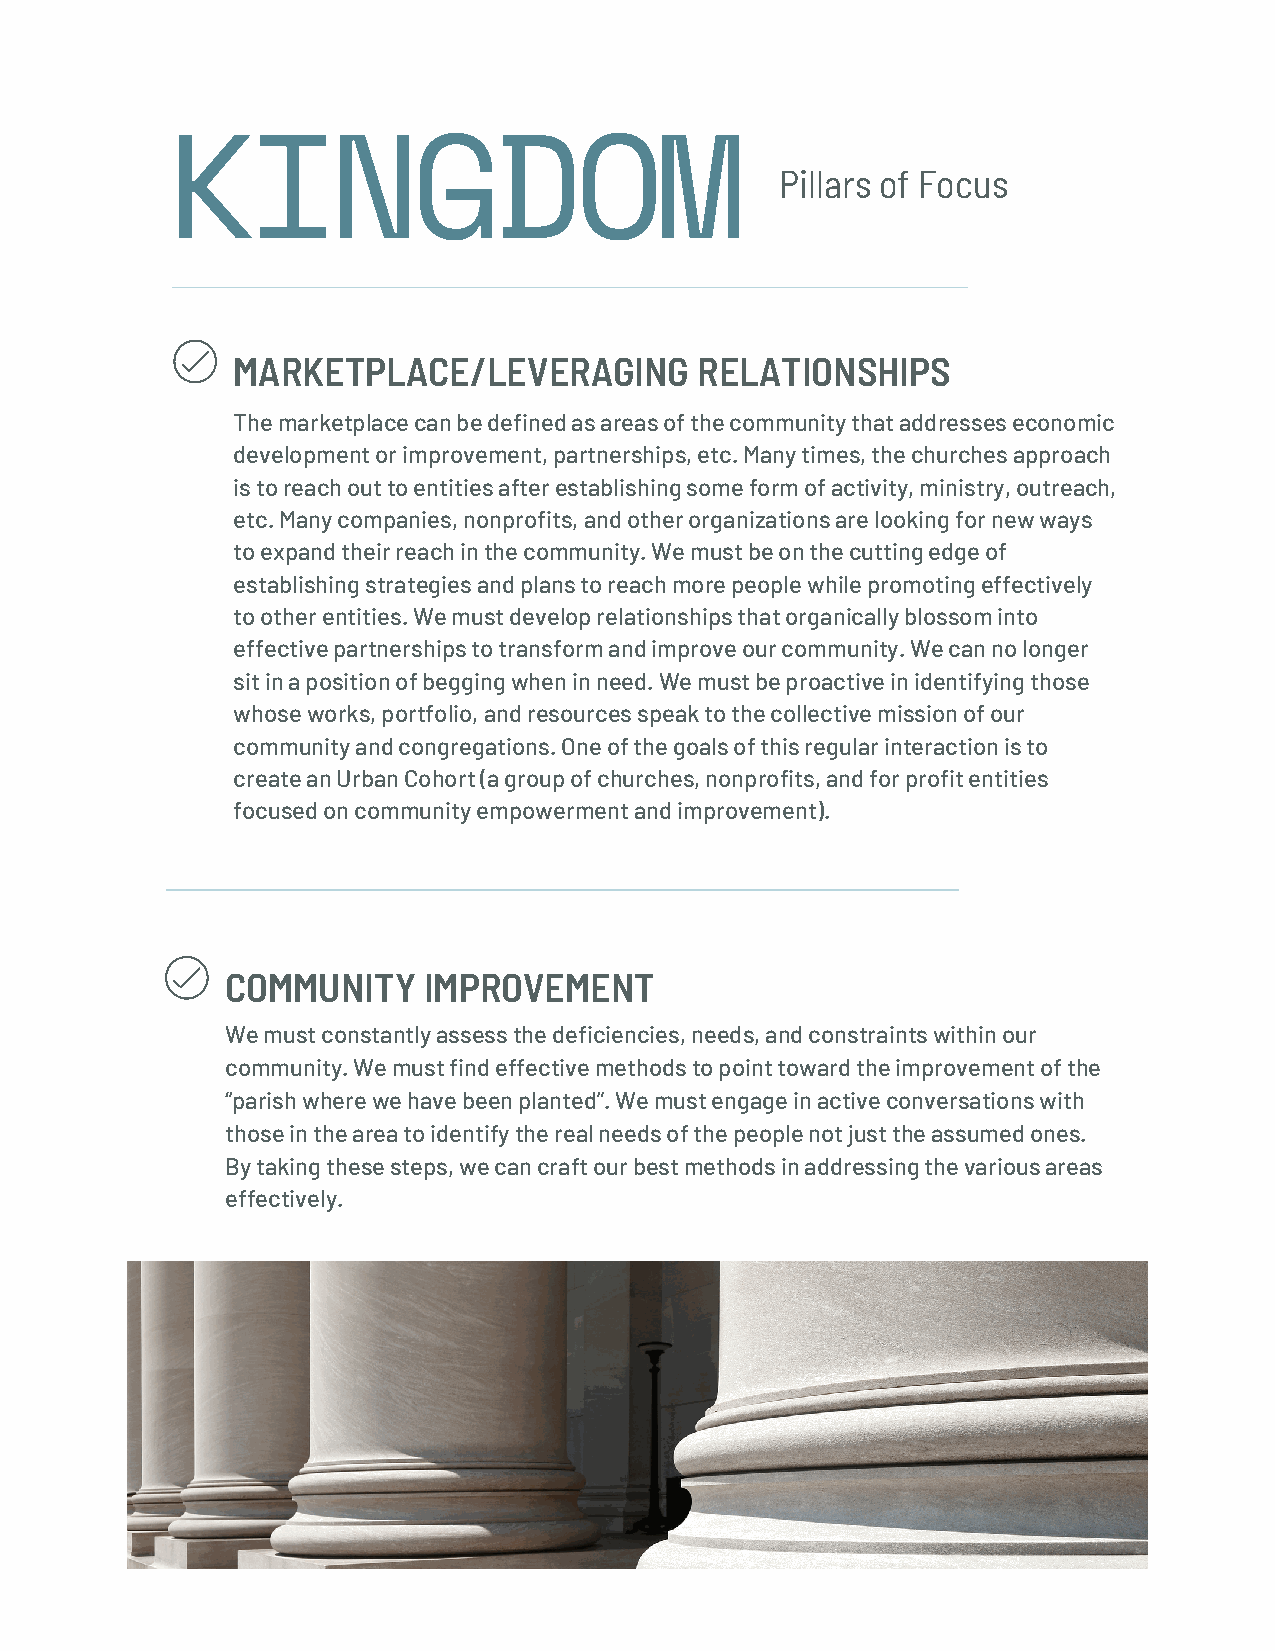
KINGDOM
 Pillars of Focus
 MARKETPLACE/LEVERAGING         RELATIONSHIPS
 The marketplace can be defined as areas of the community that addresses economic
 development or improvement, partnerships, etc. Many times, the churches approach
 is to reach out to entities after establishing some form of activity, ministry, outreach,
 etc. Many companies, nonprofits, and other organizations are looking for new ways
 to expand their reach in the community. We must be on the cutting edge of
 establishing strategies and plans to reach more people while promoting effectively
 to other entities. We must develop relationships that organically blossom into
 effective partnerships to transform and improve our community. We can no longer
 sit in a position of begging when in need. We must be proactive in identifying those
 whose works, portfolio, and resources speak to the collective mission of our
 community and congregations. One of the goals of this regular interaction is to
 create an Urban Cohort (a group of churches, nonprofits, and for profit entities
 focused on community empowerment and improvement).
 COMMUNITY    IMPROVEMENT
 We must constantly assess the deficiencies, needs, and constraints within our
 community. We must find effective methods to point toward the improvement of the
 “parish where we have been planted”. We must engage in active conversations with
 those in the area to identify the real needs of the people not just the assumed ones.
 By taking these steps, we can craft our best methods in addressing the various areas
 effectively.